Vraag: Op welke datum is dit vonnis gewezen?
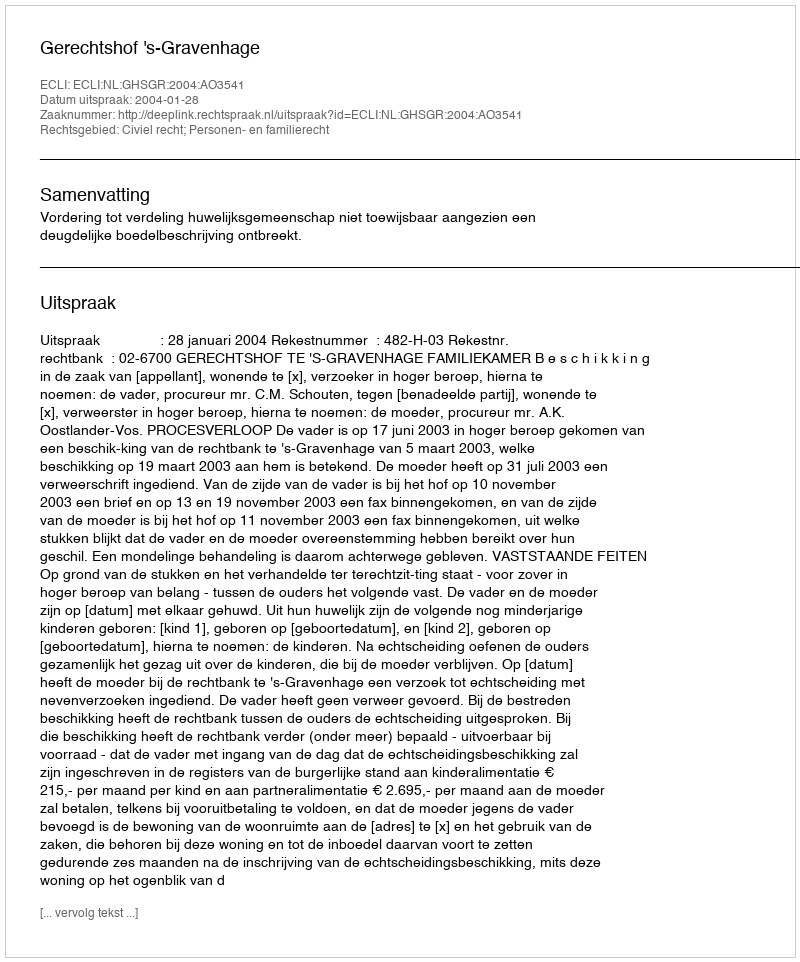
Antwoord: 2004-01-28